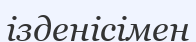
ізденісімен